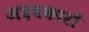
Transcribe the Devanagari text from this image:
अदबकारों